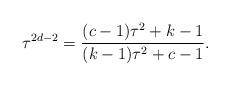
LaTeX: \begin{align*}\tau^{2d-2}=\frac{(c-1) \tau^2+k-1}{(k-1)\tau^2+c-1}.\end{align*}